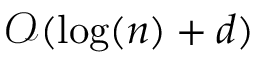
{ \mathcal { O } } ( \log ( n ) + d )